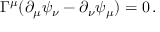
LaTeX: \Gamma ^ { \mu } ( \partial _ { \mu } \psi _ { \nu } - \partial _ { \nu } \psi _ { \mu } ) = 0 \, .